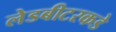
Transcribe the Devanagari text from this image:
लेडबीटरकडे